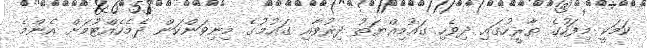
ކަމަކީ މިފަހުގެ ތާރީހުގައި ދިވެހި ގައުމިއްޔަތު ދިރުވާއި ގައުމުގެ މިނިވަންކަން ދެމެހެއްޓުމަށް އެންމެ